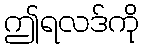
ဤရလဒ်ကို